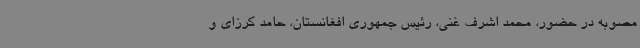
مصوبه در حضور، محمد اشرف غنی، رئیس جمهوری افغانستان، حامد کرزای و